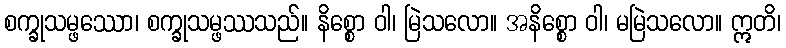
စက္ခုသမ္ဖဿော၊ စက္ခုသမ္ဖဿသည်။ နိစ္စော ဝါ၊ မြဲသလော။ အနိစ္စော ဝါ၊ မမြဲသလော။ ဣတိ၊